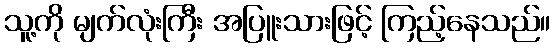
သူ့ကို မျက်လုံးကြီး အပြူးသားဖြင့် ကြည့်နေသည်။